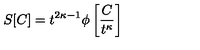
S [ C ] = t ^ { 2 \kappa - 1 } \phi \left[ \frac { C } { t ^ { \kappa } } \right]